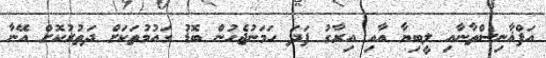
އަފްޣާނިސްތާނާއި ލީބިޔާ އާއި އިރާގު ފަދަ ހަމަނުޖެހުން ބޮޑު ގައުމުތަކަށް ދަތުރުކޮށް އޭނާ